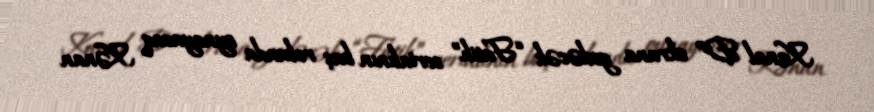
Kanal D” ekrana gedəcək “Fatih” serialının baş rolunda oynayacaq Kənan